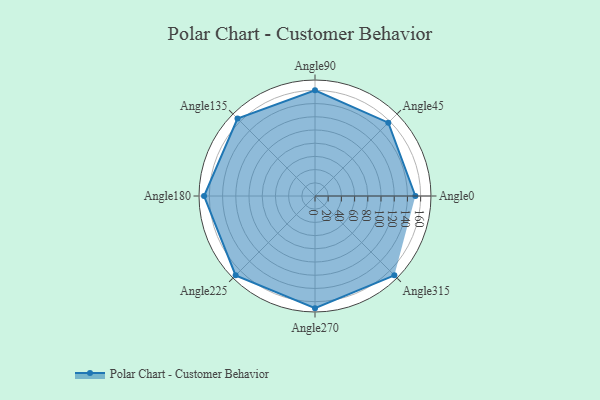
{"axis": {"x": "Angle", "y": "Radius"}, "legend": [""], "data": [{"x": "Angle0", "y": 152.0, "type": ""}, {"x": "Angle45", "y": 157.0, "type": ""}, {"x": "Angle90", "y": 160.0, "type": ""}, {"x": "Angle135", "y": 166.0, "type": ""}, {"x": "Angle180", "y": 168.0, "type": ""}, {"x": "Angle225", "y": 170.0, "type": ""}, {"x": "Angle270", "y": 170, "type": ""}, {"x": "Angle315", "y": 170, "type": ""}]}